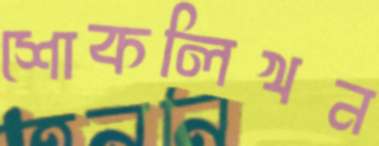
শোকলিখন